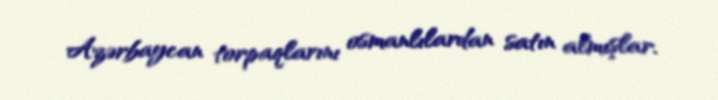
Azərbaycan torpaqlarını osmanlılardan satın almışlar.